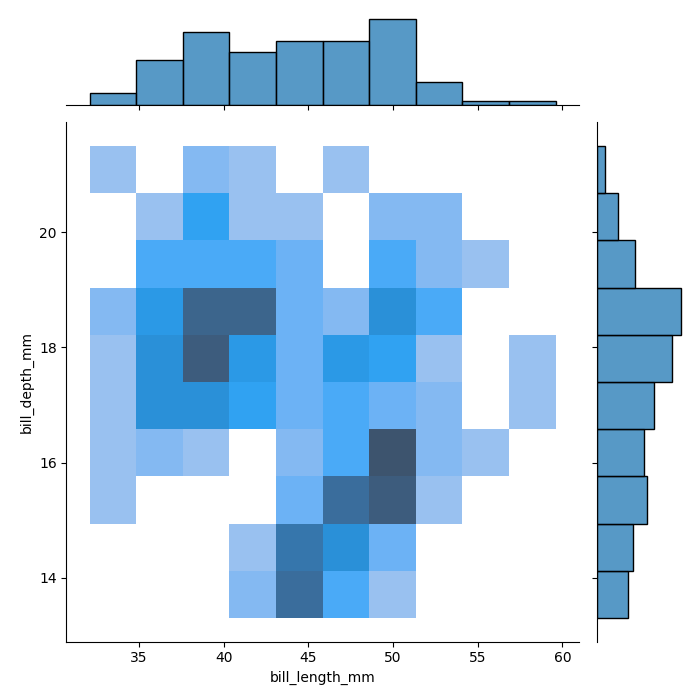
python, seaborn, jointplot, kind='hist', height='7', ratio='5', marginal_ticks='False'